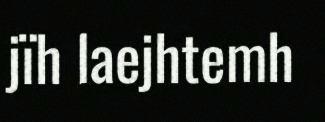
jïh laejhtemh